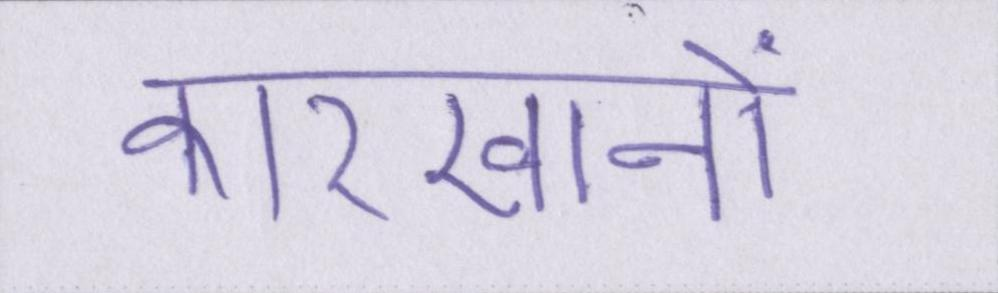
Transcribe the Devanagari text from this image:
कारखानों